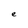
Character: e